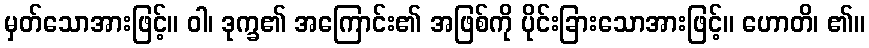
မှတ်သောအားဖြင့်။ ဝါ၊ ဒုက္ခ၏ အကြောင်း၏ အဖြစ်ကို ပိုင်းခြားသောအားဖြင့်။ ဟောတိ၊ ၏။